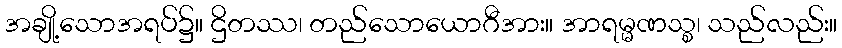
အချို့သောအရပ်၌။ ဌိတဿ၊ တည်သောယောဂီအား။ အာရမ္မဏသ္စ၊ သည်လည်း။